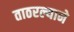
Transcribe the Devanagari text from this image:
ताठरल्याने